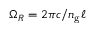
\Omega _ { R } = 2 \pi c / n _ { \mathrm { g } } \ell